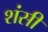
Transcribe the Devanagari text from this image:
शंसी